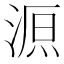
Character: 𣸼